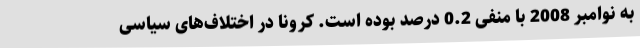
به نوامبر 2008 با منفی 0.2 درصد بوده است. کرونا در اختلاف‌های سیاسی